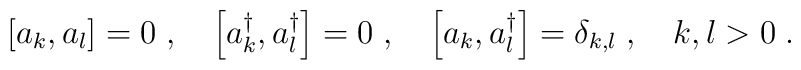
\left[a_k,a_l\right] =0\;,\quad\left[a_k^\dagger,a_l^\dagger\right] =0\;,\quad\left[a_k,a_l^\dagger\right] =\delta_{k, l}\; ,\quad k,l > 0\; .